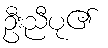
ဦးညီပု၏